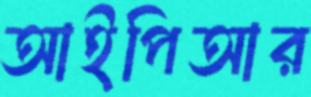
আইপিআর